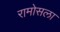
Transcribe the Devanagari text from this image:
रामोसला